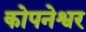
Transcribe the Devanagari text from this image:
कोपनेश्वर